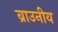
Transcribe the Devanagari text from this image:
ब्राउनीय